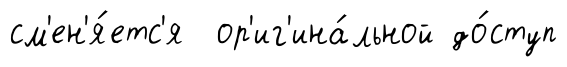
см'ен'я́етс'я ор'иг'ина́льной до́ступ